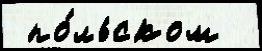
 по́льском